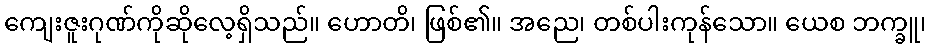
ကျေးဇူးဂုဏ်ကိုဆိုလေ့ရှိသည်။ ဟောတိ၊ ဖြစ်၏။ အညေ၊ တစ်ပါးကုန်သော။ ယေစ ဘက္ခူ၊